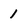
Character: 1